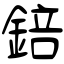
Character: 錇